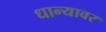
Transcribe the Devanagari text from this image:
धान्यावर